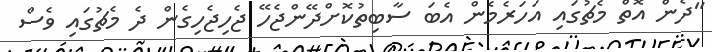
"ދެން އޮތް މެޗުގައި އަހަރެމެން އެބަ ސާބިތުކޮށްދޭންޖެހޭ ޖެހިޖެހިގެން ދެ މެޗުގައި ވެސް